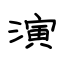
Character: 演